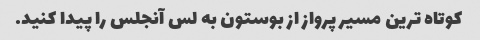
کوتاه ترین مسیر پرواز از بوستون به لس آنجلس را پیدا کنید.